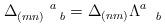
LaTeX: \begin{align*}\Delta _{(mn)\quad b}^{\quad \quad a}=\Delta _{(nm)}\Lambda _{\quad b}^{a}\end{align*}